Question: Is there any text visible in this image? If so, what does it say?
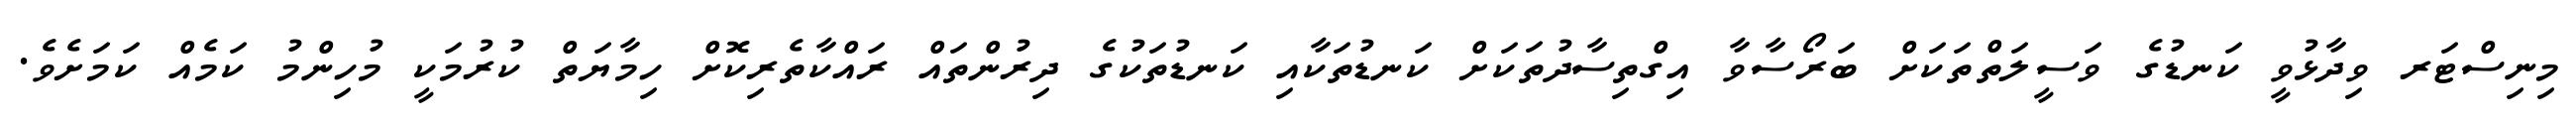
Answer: މިނިސްޓަރ ވިދާޅުވީ ކަނޑުގެ ވަސީލަތްތަކަށް ބަރޯސާވާ އިގްތިސާދުތަކަށް ކަނޑުތަކާއި ކަނޑުތަކުގެ ދިރުންތައް ރައްކާތެރިކޮށް ހިމާޔަތް ކުރުމަކީ މުހިންމު ކަމެއް ކަމަށެވެ.